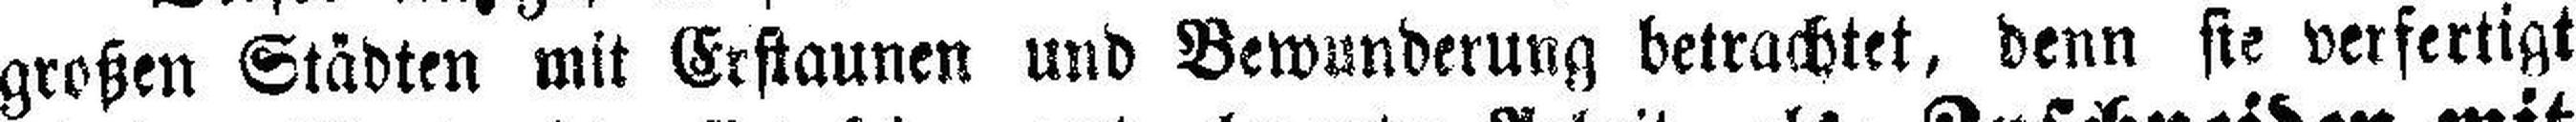
großen Städten mit Erstaunen und Bewunderung betrachtet, denn sie verfertigt